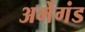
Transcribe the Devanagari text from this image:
अर्मेगंड